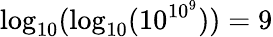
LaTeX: \log_{10}(\log_{10}(10^{10^{9}}))=9